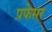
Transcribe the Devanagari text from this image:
प्रफेसर